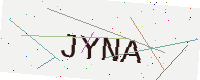
Text: JYNA